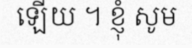
ឡើយ ។ ខ្ញុំ សូម